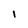
Character: I